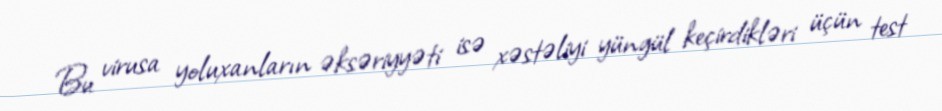
Bu virusa yoluxanların əksəriyyəti isə xəstəliyi yüngül keçirdikləri üçün test